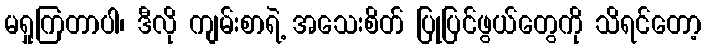
မရှုကြတာပါ၊ ဒီလို ကျမ်းစာရဲ့ အသေးစိတ် ပြုပြင်ဖွယ်တွေကို သိရင်တော့